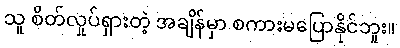
သူ စိတ်လှုပ်ရှားတဲ့ အချိန်မှာ စကားမပြောနိုင်ဘူး။